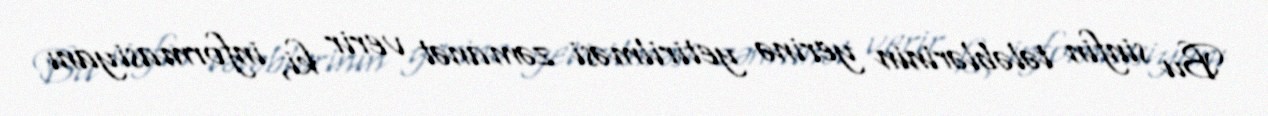
Bu sinfin tələblərinin yerinə yetirilməsi zəmanət verir ki, informasiyanı